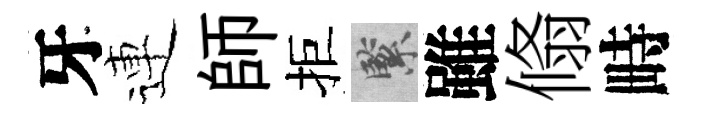
牙連師拒緊雖翛畤